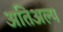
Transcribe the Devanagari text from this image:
अतिअल्प